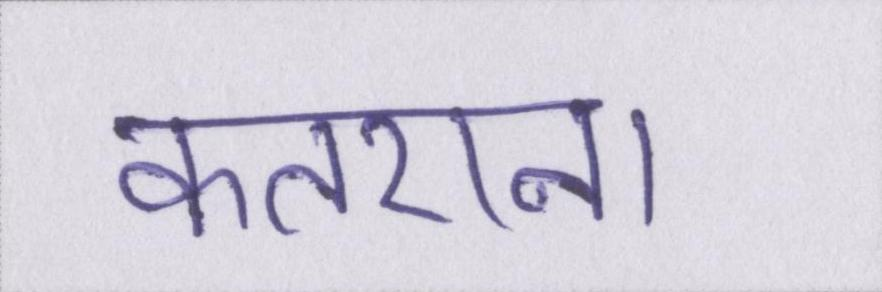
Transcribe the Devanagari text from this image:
कतराना